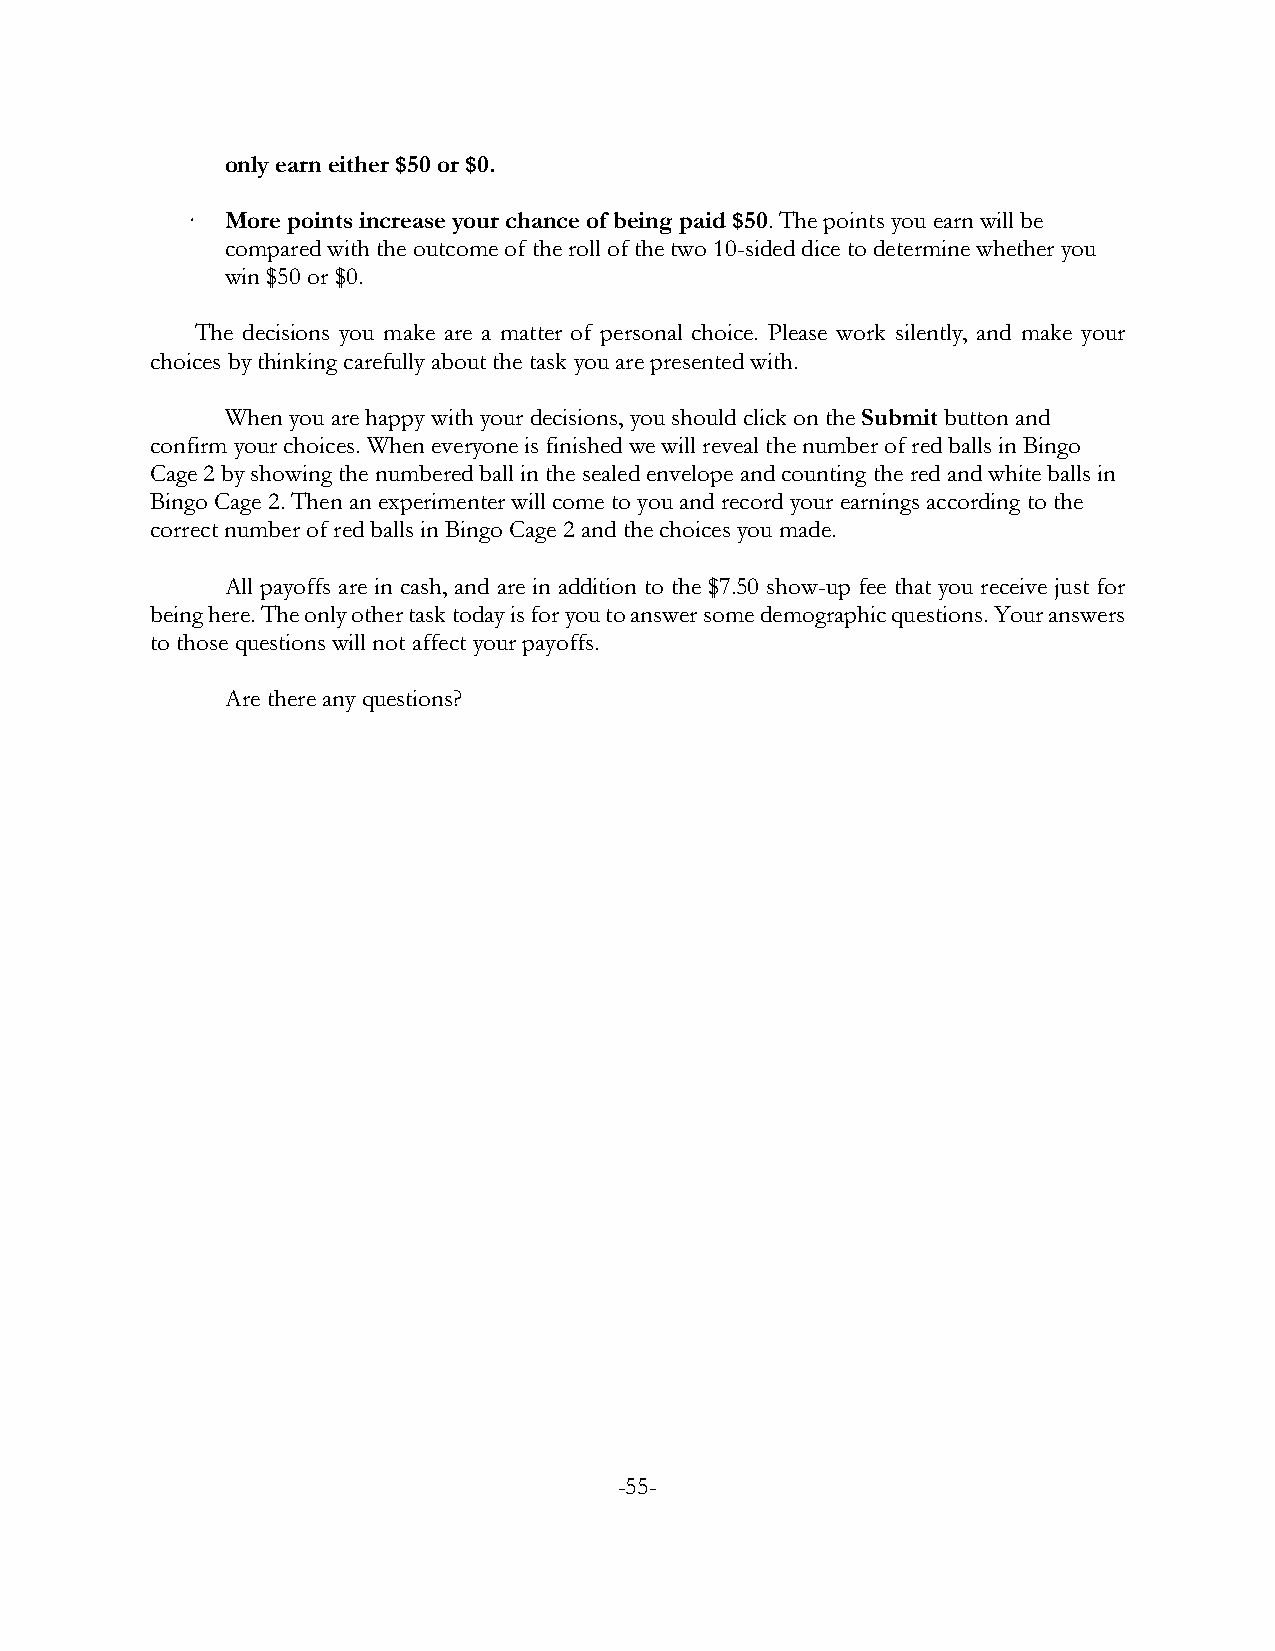
only earn either $50 or $0.
 ·  More points increase your chance of being paid $50. The points you earn will be
 compared with the outcome of the roll of the two 10-sided dice to determine whether you
 win $50 or $0.
 The decisions you make are a matter of personal choice. Please work silently, and make your
 choices by thinking carefully about the task you are presented with.
 When you are happy with your decisions, you should click on the Submit button and
 confirm your choices. When everyone is finished we will reveal the number of red balls in Bingo
 Cage 2 by showing the numbered ball in the sealed envelope and counting the red and white balls in
 Bingo Cage 2. Then an experimenter will come to you and record your earnings according to the
 correct number of red balls in Bingo Cage 2 and the choices you made.
 All payoffs are in cash, and are in addition to the $7.50 show-up fee that you receive just for
 being here. The only other task today is for you to answer some demographic questions. Your answers
 to those questions will not affect your payoffs.
 Are there any questions?
 -55-